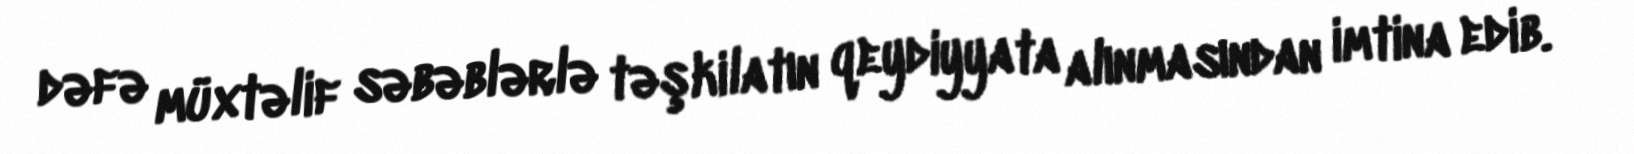
dəfə müxtəlif səbəblərlə təşkilatın qeydiyyata alınmasından imtina edib.